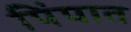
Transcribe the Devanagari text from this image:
पिंपात